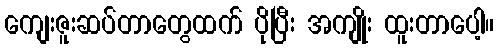
ကျေးဇူးဆပ်တာတွေထက် ပိုပြီး အကျိုး ထူးတာပေါ့။